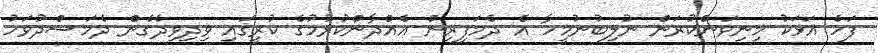
ފަހެ އަޅަކު މިނިވަންކުރަން ނުލިބުނުމީހާ އެ ދެމަފިރިން އެއްދާންކުރުމުގެ ކުރީގައި ވިދިވިދެގެން ދެމަސްދުވަހު